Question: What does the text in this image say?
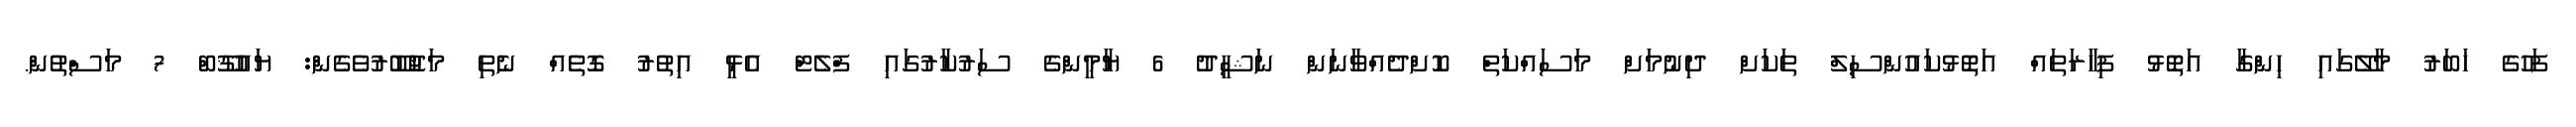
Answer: ފަހުގެ ޚަބަރު މާލޭގައި ހިންގާ އަތޮޅު ފިހާރަތައް އަތޮޅުކައުންސިލް ތަކަށް ދިނުމަށް މަސައްކަތް ކޮށްދެއްވާނަން ނަޝީދު 6 ޔާމީންގެ ސަރުކާރުގައި ފްލެޓް އެޅީ އިތުރު ގޮތެއް ނެތި މަޖުބޫރުވެގެން: ޔައުޤޫބް 7 މަސްތުން.